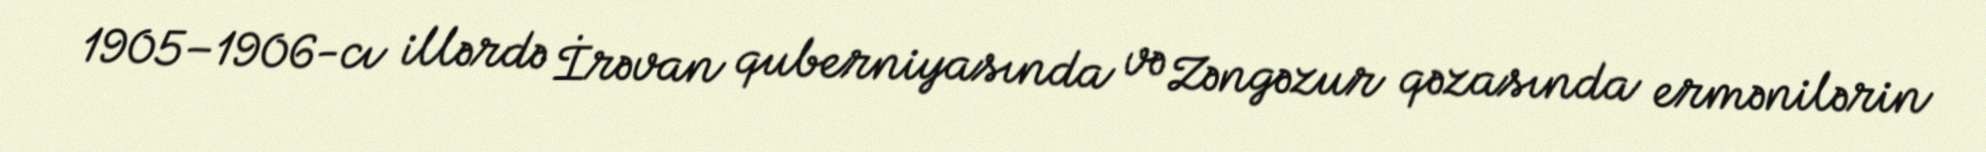
1905–1906-cı illərdə İrəvan quberniyasında və Zəngəzur qəzasında ermənilərin